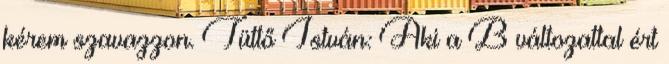
kérem szavazzon. Tüttő István: Aki a B változattal ért